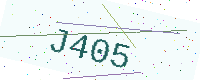
Text: J405